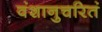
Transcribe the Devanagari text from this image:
वंशानुचरितं